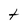
Character: t